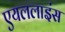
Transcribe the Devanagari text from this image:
एयललाइंस